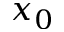
x _ { 0 }